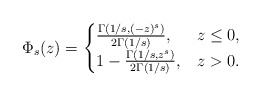
\begin{align*}\Phi_s(z)=\begin{cases}\frac{\Gamma(1/s,(-z)^s)}{2\Gamma(1/s)},& z \leq 0,\\1-\frac{\Gamma(1/s, z^s)}{2\Gamma(1/s)},& z > 0.\end{cases}\end{align*}